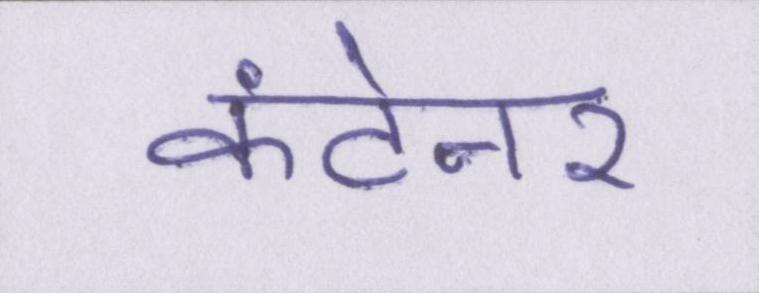
कंटेनर